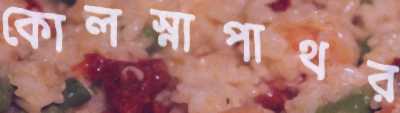
কোলস্নাপাথর